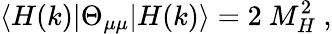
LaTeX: \langle H(k)|\Theta_{\mu\mu}|H(k)\rangle=2~M_{H}^{2}~,